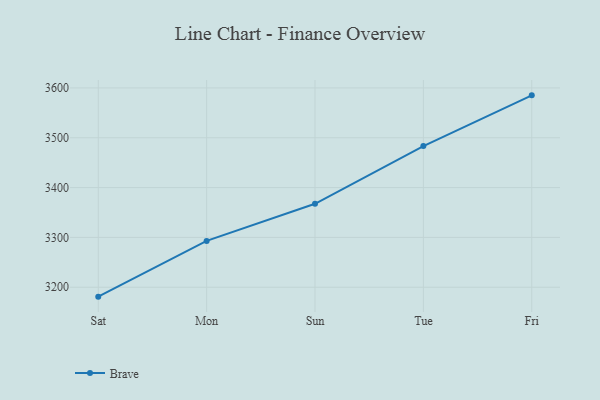
{"axis": {"x": "Day", "y": "Bounce Rate (%)"}, "legend": ["Brave"], "data": [{"x": "Sat", "y": 3181.1, "type": "Brave"}, {"x": "Mon", "y": 3293.0, "type": "Brave"}, {"x": "Sun", "y": 3367.4, "type": "Brave"}, {"x": "Tue", "y": 3483.3, "type": "Brave"}, {"x": "Fri", "y": 3585.1, "type": "Brave"}]}